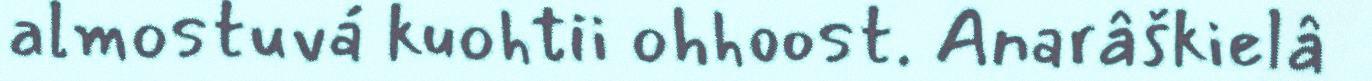
almostuvá kuohtii ohhoost. Anarâškielâ